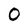
Character: O